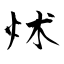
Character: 炢